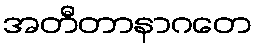
အတီတာနာဂတေ